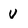
Character: V